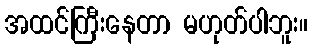
အထင်ကြီးနေတာ မဟုတ်ပါဘူး။